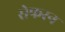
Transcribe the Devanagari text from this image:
सेफरन